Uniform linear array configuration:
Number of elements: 64
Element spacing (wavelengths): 1
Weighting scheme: blackman
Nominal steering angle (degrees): -30
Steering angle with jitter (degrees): -31.72
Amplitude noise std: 0.05
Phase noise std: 0.05

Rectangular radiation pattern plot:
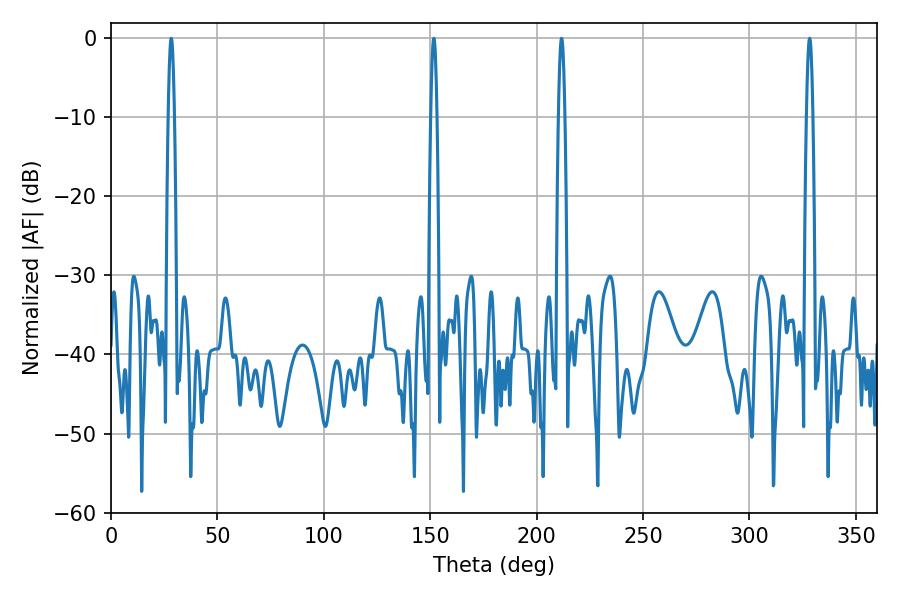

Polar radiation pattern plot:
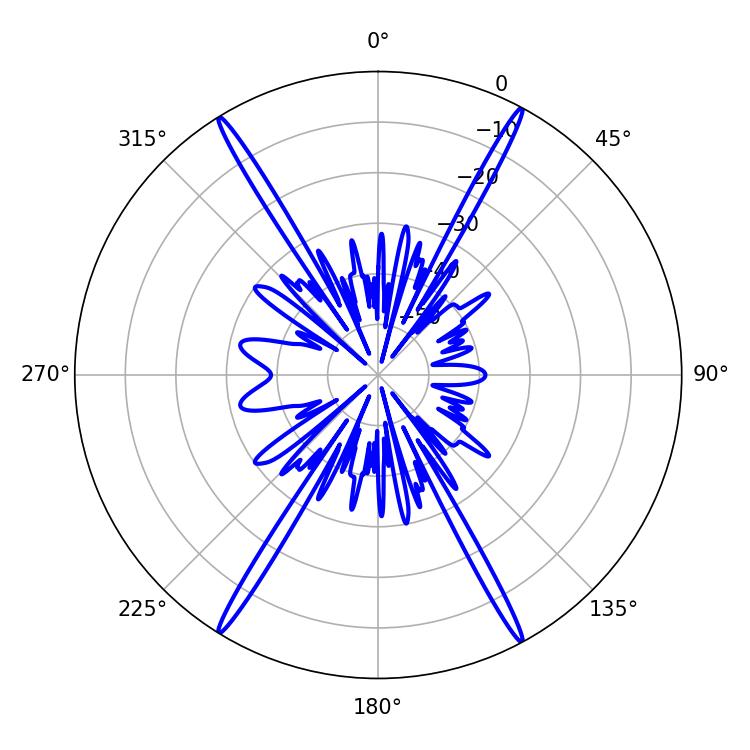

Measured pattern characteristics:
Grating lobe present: TRUE
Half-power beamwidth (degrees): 1.62
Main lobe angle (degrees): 211.68